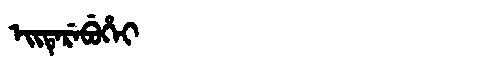
Manchu: ᡝᡳᡨᡝᡵᡝᠪᡠᡥᡝᡳ
Romanization: EITEREBUHEI